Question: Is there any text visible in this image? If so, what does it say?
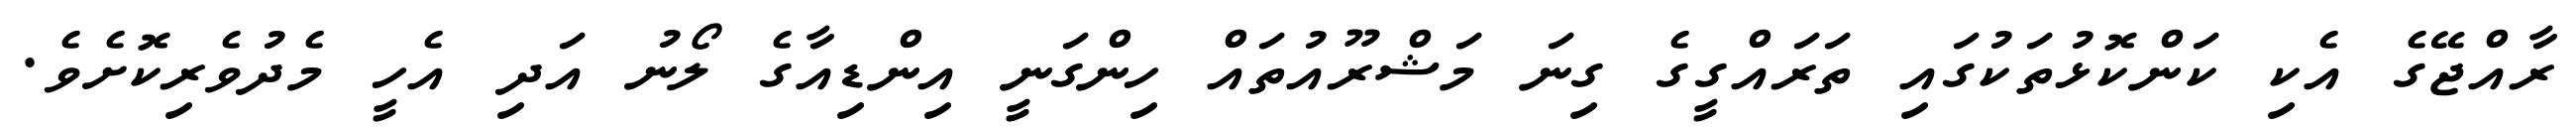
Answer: ރާއްޖޭގެ އެކި ކަންކޮޅުތަކުގައި ތަރައްގީގެ ގިނަ މަޝްރޫއުތައް ހިންގަނީ އިންޑިއާގެ ލޯނު އަދި އެހީ މެދުވެރިކޮށެވެ.